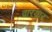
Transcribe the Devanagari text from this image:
वारयार